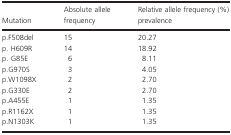
| Mutation | Absolute allele frequency | Relative allele frequency (%) prevalence |
 | --- | --- | --- |
 | p.F508del | 15 | 20.27 |
 | p. H609R | 14 | 18.92 |
 | p. G85E | 6 | 8.11 |
 | p.G970S | 3 | 4.05 |
 | p.W1098X | 2 | 2.70 |
 | p.G330E | 2 | 2.70 |
 | p.A455E | 1 | 1.35 |
 | p.R1162X | 1 | 1.35 |
 | p.N1303K | 1 | 1.35 |